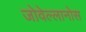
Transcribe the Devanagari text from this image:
जोवेल्लानोस